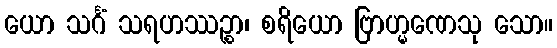
ယော သင်္ဂံ သရဟဿဉ္စာ၊ စရိယော ဗြာဟ္မဏေသု သော။